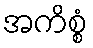
အကိစ္စံ